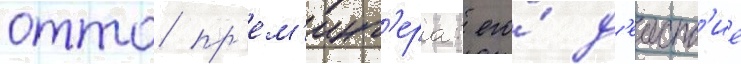
отто пр'ем'инг'ера: его́ д'еиств'ие